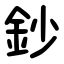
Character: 鈔